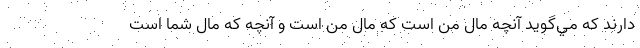
دارند كه مي‌گويد آنچه مال من است كه مال من است و آنچه كه مال شما است